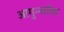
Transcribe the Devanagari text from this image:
आगुन्नारिड